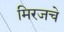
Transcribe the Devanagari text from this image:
मिरजचे